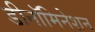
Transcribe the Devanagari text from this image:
डीनॉमिनेशन